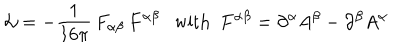
{ \cal L } = - { \frac { 1 } { 1 6 \pi } } \, F _ { \alpha \beta } \, F ^ { \alpha \beta } \mathrm { w i t h } ~ ~ F ^ { \alpha \beta } = \partial ^ { \alpha } A ^ { \beta } - \partial ^ { \beta } A ^ { \alpha }